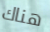
هناك